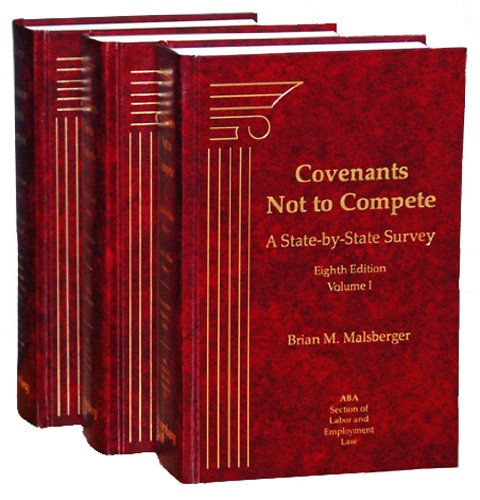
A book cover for Covenants Not to Compete, 8th Edition (3-Volume Set); Brian M. Malsberger; Law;